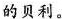
的贝利。